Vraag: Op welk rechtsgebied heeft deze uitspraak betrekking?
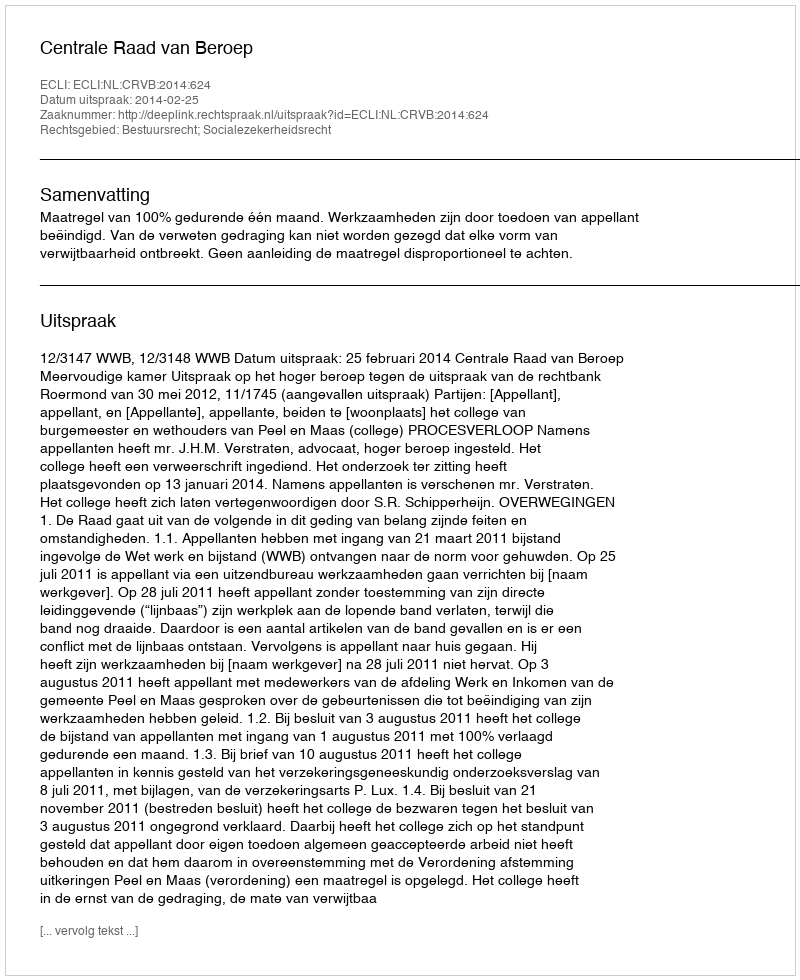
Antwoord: Bestuursrecht; Socialezekerheidsrecht